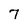
Character: 7